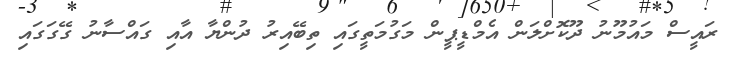
ރައީސް މައުމޫނު ދޫކޮށްލަން އެމްޑީޕީން މަގުމަތީގައި ތިބޭއިރު ދުންޔާ އާއި ގައްސާނު ގޭގަގައި